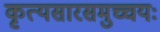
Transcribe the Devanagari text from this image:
कृत्यसारसमुच्चयः